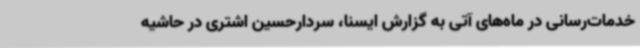
خدمات‌رسانی در ماه‌های آتی به گزارش ایسنا، سردارحسین اشتری در حاشیه